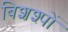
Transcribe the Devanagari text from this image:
बिशश्पों